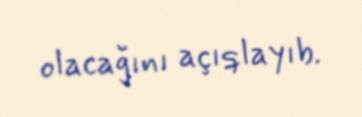
olacağını açıqlayıb.